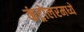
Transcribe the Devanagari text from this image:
कंट्रोलरमध्ये